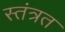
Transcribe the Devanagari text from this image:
स्‍तंत्रत